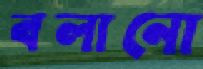
বলানো